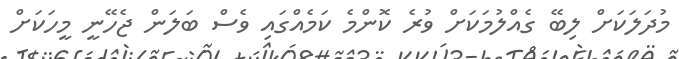
މުދަލަކަށް ލިބޭ ގެއްލުމަކަށް ވުރެ ކޮންމެ ކަމެއްގައި ވެސް ބަލަން ޖެހޭނީ މީހަކަށް